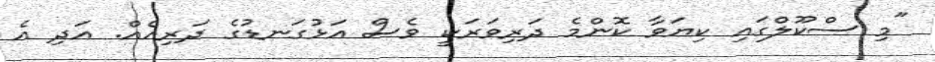
"މި ސްކޫލްގައި ކިޔަވާ ކޮންމެ ދަރިވަރަކީ ވެސް އަޅުގަނޑުގެ ދަރިއެއް. އަދި އެ